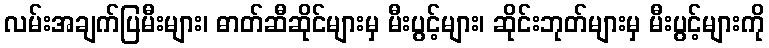
လမ်းအချက်ပြမီးများ၊ ဓာတ်ဆီဆိုင်များမှ မီးပွင့်များ၊ ဆိုင်းဘုတ်များမှ မီးပွင့်များကို